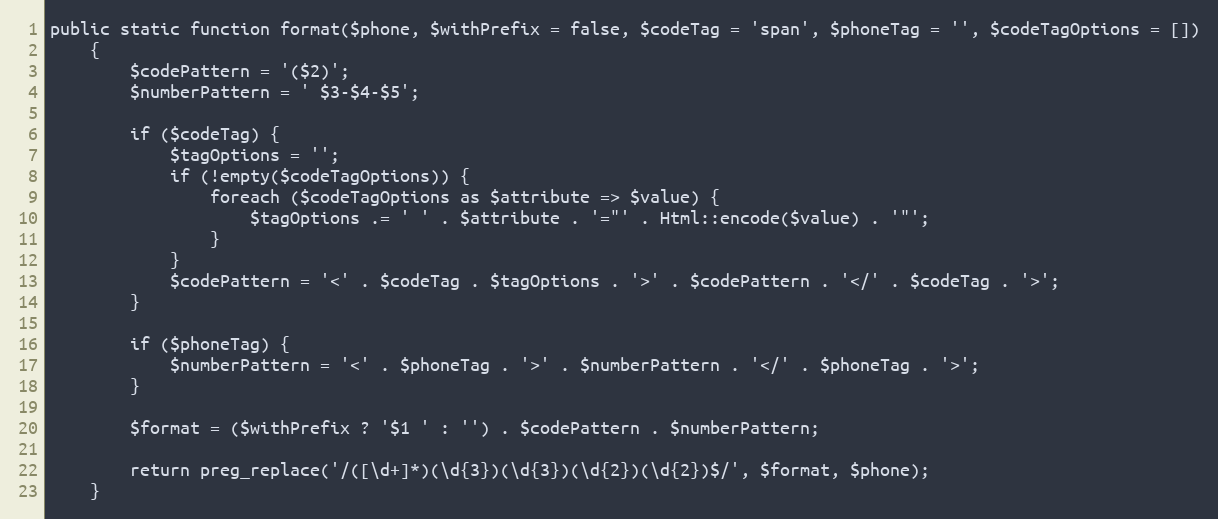
Language: PHP
public static function format($phone, $withPrefix = false, $codeTag = 'span', $phoneTag = '', $codeTagOptions = [])
    {
        $codePattern = '($2)';
        $numberPattern = ' $3-$4-$5';

        if ($codeTag) {
            $tagOptions = '';
            if (!empty($codeTagOptions)) {
                foreach ($codeTagOptions as $attribute => $value) {
                    $tagOptions .= ' ' . $attribute . '="' . Html::encode($value) . '"';
                }
            }
            $codePattern = '<' . $codeTag . $tagOptions . '>' . $codePattern . '</' . $codeTag . '>';
        }

        if ($phoneTag) {
            $numberPattern = '<' . $phoneTag . '>' . $numberPattern . '</' . $phoneTag . '>';
        }

        $format = ($withPrefix ? '$1 ' : '') . $codePattern . $numberPattern;

        return preg_replace('/([\d+]*)(\d{3})(\d{3})(\d{2})(\d{2})$/', $format, $phone);
    }